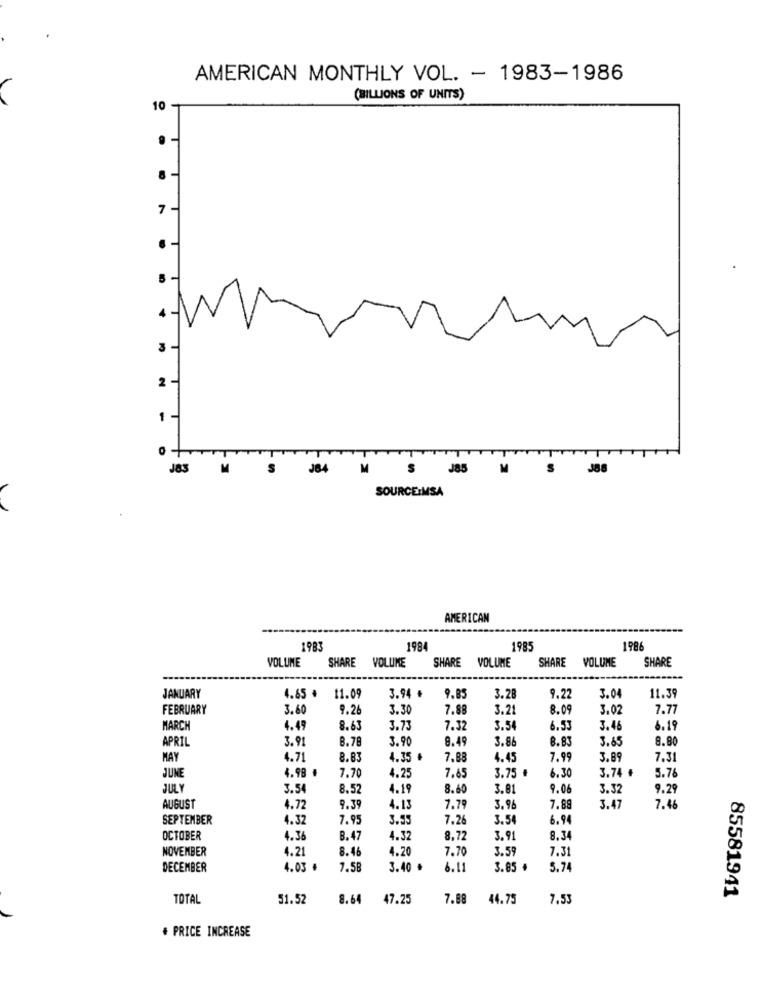
AMERICAN MONTHLY VOL. - 1983-1986
(BILLIONS OF UNITS)
10
·
7
1
TTTT
J83 M
J85 M
S
J88
SOURCE:MSA
AMERICAN
1983
1984
1985
1986
VOLUME
SHARE VOLUME
SHARE
SHARE VOLUME
SHARE VOLUME
11.39
JANUARY
4.65 ₺
11.09
3.94 ₺
9.85
3.28
9.22
3.04
FEBRUARY
3.60
9.26
3.30
7.88
3.21
8.09
3.02
7.7
MARCH
4.49
8.63
3.73
7.32
3.54
6.53
3.4
6.19
APRIL
3.91
8.78
3.90
8.49
3.86
8.83
3.65
8.80
MAY
4.71
8.83
4.35 +
7.88
4.45
7.99
3.8
7.31
3.74 €
JUNE
4.98 €
7.70
4.25
7.65
3.75 #
6.30
5.76
JULY
3.54
8.52
4.19
8.60
3.81
9.06
3.32
9.2
AUGUST
4.72
9.39
4.13
7.7
3.96
7.89
3.47
7.46
SEPTEMBER
4.32
7.95
3.55
7.20
3.54
6.94
OCTOBER
4.36
B. 47
4.32
8,72
3.91
8.34
NOVEMBER
4.21
8.46
4.20
7.70
3.59
7.31
DECEMBER
4.03 .
7.58
3.40 .
3.11
3.85 #
5.74
85581941
TOTAL
51.52
8.64
47.25
7.88
44.75
7.53
. PRICE INCREASE